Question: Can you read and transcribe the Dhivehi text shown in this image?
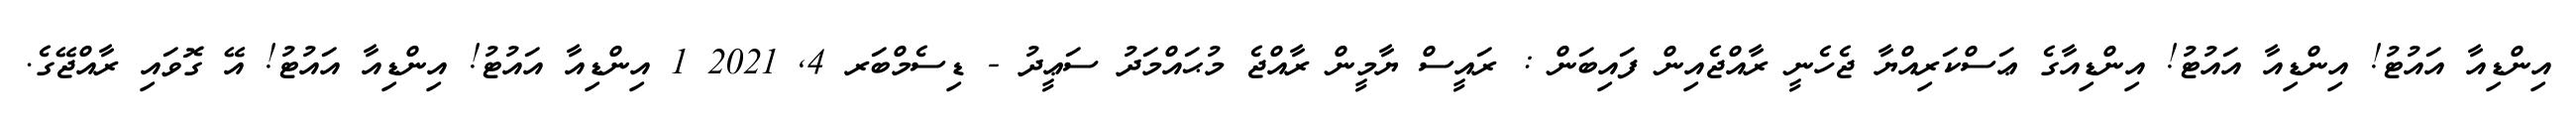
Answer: އިންޑިއާ އައުޓު! އިންޑިއާ އައުޓު! އިންޑިއާގެ ޢަސްކަރިއްޔާ ޖެހެނީ ރާއްޖެއިން ފައިބަން : ރައީސް ޔާމީން ރާއްޖެ މުޙައްމަދު ސަޢީދު - ޑިސެމްބަރ 4, 2021 1 އިންޑިއާ އައުޓު! އިންޑިއާ އައުޓު! އޭ ގޮވައި ރާއްޖޭގެ.